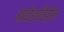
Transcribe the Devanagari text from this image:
आवेशविहीन